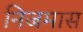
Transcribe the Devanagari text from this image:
निजमास